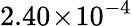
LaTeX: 2.40\! \times\! 10^{-4}